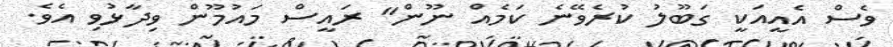
ވެސް އެއީއަކީ ގަބޫލު ކުރެވޭނެ ކަމެއް ނޫން" ރައީސް މައުމޫން ވިދާޅުވި އެވެ.